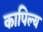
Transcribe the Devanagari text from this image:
कापिल्य